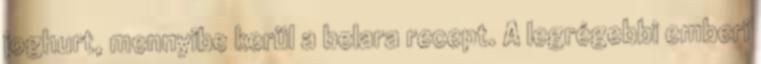
joghurt, mennyibe kerül a belara recept. A legrégebbi emberi